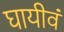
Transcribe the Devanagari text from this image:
घायीवं